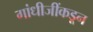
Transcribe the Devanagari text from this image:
गांधीजींकडून